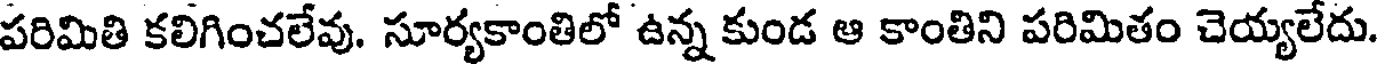
పరిమితి కలిగించలేవు. సూర్యకాంతిలో ఉన్న కుండ ఆ కాంతిని పరిమితం చెయ్యలేదు.